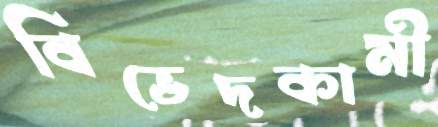
বিভেদকামী